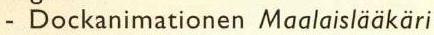
- Dockanimationen Maalaislääkäri